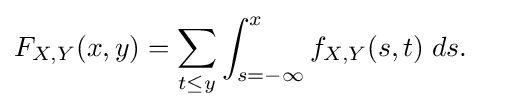
{\begin{aligned}F_{X,Y}(x,y)&=\sum \limits _{t\leq y}\int _{s=-\infty }^{x}f_{X,Y}(s,t)\;ds.\end{aligned}}